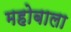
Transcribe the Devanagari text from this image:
महोबाला